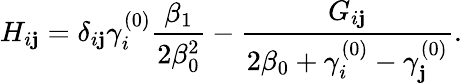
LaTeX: H_{i\mathbf{j}}=\delta_{i\mathbf{j}}\gamma_{i}^{(0)}{\frac{{\beta_{1}}}{{2\beta_{0}^{2}}}}-{\frac{{G_{i\mathbf{j}}}}{{2\beta_{0}+\gamma_{i}^{(0)}-\gamma_{\mathbf{j}}^{(0)}}}}.